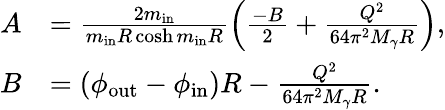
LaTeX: \begin{array}{rl}{A}&{=\frac{2m_{\mathrm{in}}}{m_{\mathrm{in}}R\cosh m_{\mathrm{in}}R}\left(\frac{-B}{2}+\frac{Q^{2}}{64\pi^{2}M_{\gamma}R}\right),}\\ {B}&{=(\phi_{\mathrm{out}}-\phi_{\mathrm{in}})R-\frac{Q^{2}}{64\pi^{2}M_{\gamma}R}.}\end{array}